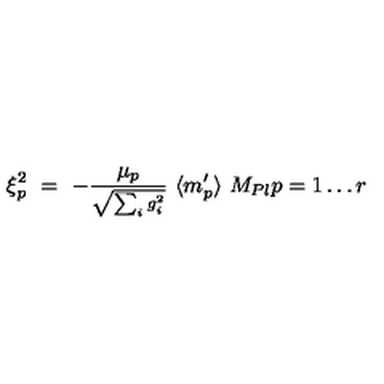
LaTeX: \xi _ { p } ^ { 2 } \ = \ - \frac { \mu _ { p } } { \scriptstyle { \sqrt { \sum _ { i } g _ { i } ^ { 2 } } } } \ \langle m _ { p } ^ { \prime } \rangle \ M _ { P l } p = 1 \ldots r